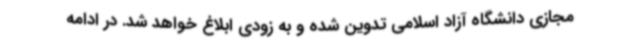
مجازی دانشگاه آزاد اسلامی تدوین شده و به زودی ابلاغ خواهد شد. در ادامه